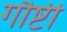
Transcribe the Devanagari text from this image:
गौष्टी